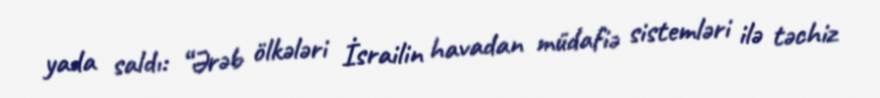
yada saldı: “Ərəb ölkələri İsrailin havadan müdafiə sistemləri ilə təchiz